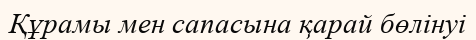
Құрамы мен сапасына қарай бөлінуі